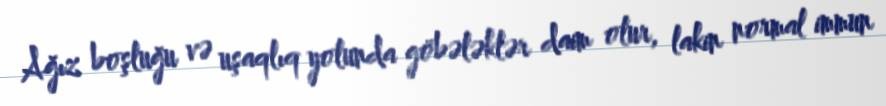
Ağız boşluğu və uşaqlıq yolunda göbələklər daim olur, lakin normal immun